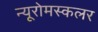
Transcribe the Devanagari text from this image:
न्यूरोमस्कलर